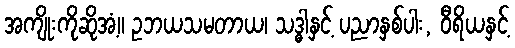
အကျိုးကိုဆိုအံ့။ ဥဘယသမတာယ၊ သဒ္ဓါနှင့် ပညာနှစ်ပါး, ဝီရိယနှင့်